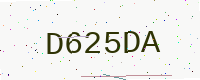
Text: D625DA